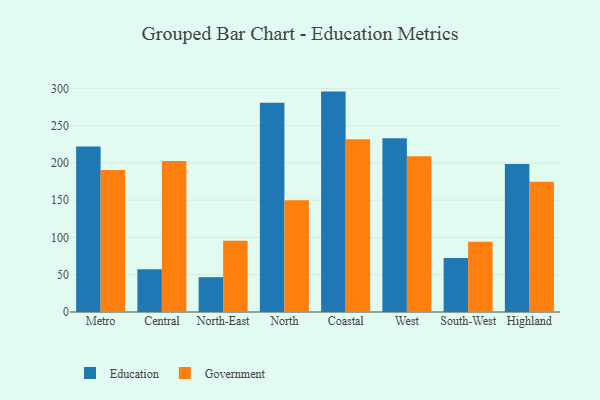
{"axis": {"x": "Region", "y": "Headcount"}, "legend": ["Education", "Government"], "data": [{"x": "Metro", "y": 222.1, "type": "Education"}, {"x": "Metro", "y": 190.5, "type": "Government"}, {"x": "Central", "y": 57.4, "type": "Education"}, {"x": "Central", "y": 202.5, "type": "Government"}, {"x": "North-East", "y": 46.7, "type": "Education"}, {"x": "North-East", "y": 95.6, "type": "Government"}, {"x": "North", "y": 280.8, "type": "Education"}, {"x": "North", "y": 149.9, "type": "Government"}, {"x": "Coastal", "y": 295.6, "type": "Education"}, {"x": "Coastal", "y": 231.7, "type": "Government"}, {"x": "West", "y": 233.1, "type": "Education"}, {"x": "West", "y": 209.0, "type": "Government"}, {"x": "South-West", "y": 72.5, "type": "Education"}, {"x": "South-West", "y": 94.2, "type": "Government"}, {"x": "Highland", "y": 198.6, "type": "Education"}, {"x": "Highland", "y": 174.6, "type": "Government"}]}